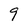
Character: 9